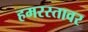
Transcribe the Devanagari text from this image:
हमरस्तावर